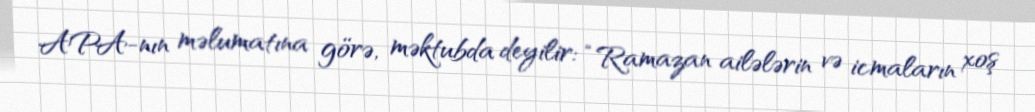
APA-nın məlumatına görə, məktubda deyilir: “Ramazan ailələrin və icmaların xoş